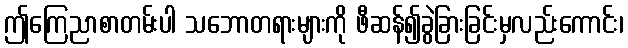
ဤကြေညာစာတမ်းပါ သဘောတရားများကို ဖီဆန်၍ခွဲခြားခြင်းမှလည်းကောင်း၊